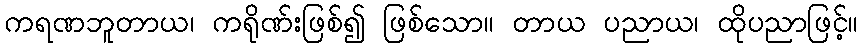
ကရဏဘူတာယ၊ ကရိုဏ်းဖြစ်၍ ဖြစ်သော။ တာယ ပညာယ၊ ထိုပညာဖြင့်။